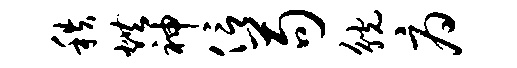
秩烘神信苟觥府